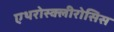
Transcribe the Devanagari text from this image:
एथरोस्क्लीरोसिस